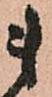
ま